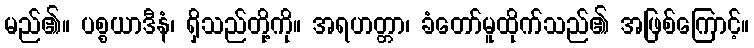
မည်၏။ ပစ္စယာဒီနံ၊ ရှိသည်တို့ကို။ အရဟတ္တာ၊ ခံတော်မူထိုက်သည်၏ အဖြစ်ကြောင့်။